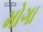
મોગા